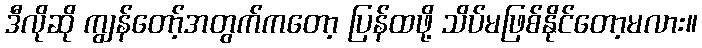
ဒီလိုဆို ကျွန်တော့်အတွက်ကတော့ ပြန်ထဖို့ သိပ်မဖြစ်နိုင်တော့မလား။